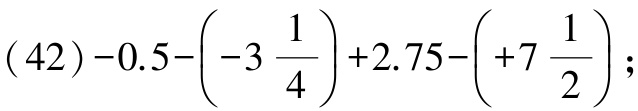
$(42)-0.5-\left(-3\frac{1}{4}\right)+2.75-\left(+7\frac{1}{2}\right);$